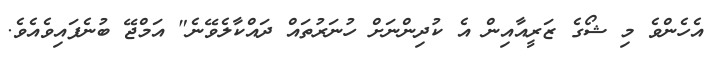
އެހެންވެ މި ޝޯގެ ޒަރީއާއިން އެ ކުދިންނަށް ހުނަރުތައް ދައްކާލެވޭނެ" އަމްޖޭ ބުނެފައިވެއެވެ.